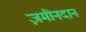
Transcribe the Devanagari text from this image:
ज़मीनदान